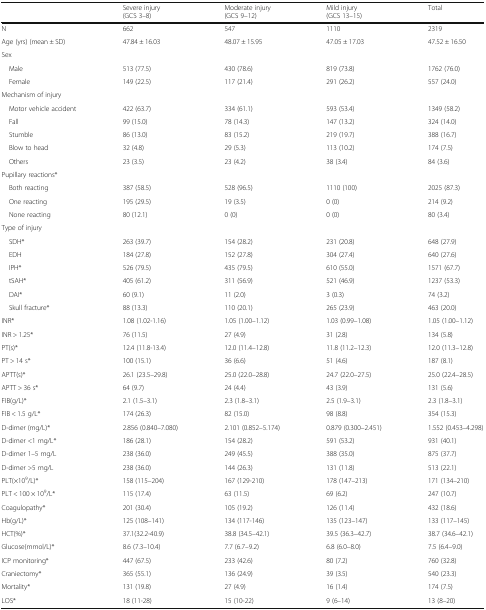
<table><thead><tr><td></td><td><b>Severe injury (GCS 3–8)</b></td><td><b>Moderate injury (GCS 9–12)</b></td><td><b>Mild injury (GCS 13–15)</b></td><td><b>Total</b></td></tr></thead><tbody><tr><td>N</td><td>662</td><td>547</td><td>1110</td><td>2319</td></tr><tr><td>Age (yrs) (mean ± SD)</td><td>47.84 ± 16.03</td><td>48.07 ± 15.95</td><td>47.05 ± 17.03</td><td>47.52 ± 16.50</td></tr><tr><td colspan="5">Sex</td></tr><tr><td> Male</td><td>513 (77.5)</td><td>430 (78.6)</td><td>819 (73.8)</td><td>1762 (76.0)</td></tr><tr><td> Female</td><td>149 (22.5)</td><td>117 (21.4)</td><td>291 (26.2)</td><td>557 (24.0)</td></tr><tr><td colspan="5">Mechanism of injury</td></tr><tr><td> Motor vehicle accident</td><td>422 (63.7)</td><td>334 (61.1)</td><td>593 (53.4)</td><td>1349 (58.2)</td></tr><tr><td> Fall</td><td>99 (15.0)</td><td>78 (14.3)</td><td>147 (13.2)</td><td>324 (14.0)</td></tr><tr><td> Stumble</td><td>86 (13.0)</td><td>83 (15.2)</td><td>219 (19.7)</td><td>388 (16.7)</td></tr><tr><td> Blow to head</td><td>32 (4.8)</td><td>29 (5.3)</td><td>113 (10.2)</td><td>174 (7.5)</td></tr><tr><td> Others</td><td>23 (3.5)</td><td>23 (4.2)</td><td>38 (3.4)</td><td>84 (3.6)</td></tr><tr><td colspan="5">Pupillary reactions*</td></tr><tr><td> Both reacting</td><td>387 (58.5)</td><td>528 (96.5)</td><td>1110 (100)</td><td>2025 (87.3)</td></tr><tr><td> One reacting</td><td>195 (29.5)</td><td>19 (3.5)</td><td>0 (0)</td><td>214 (9.2)</td></tr><tr><td> None reacting</td><td>80 (12.1)</td><td>0 (0)</td><td>0 (0)</td><td>80 (3.4)</td></tr><tr><td colspan="5">Type of injury</td></tr><tr><td> SDH*</td><td>263 (39.7)</td><td>154 (28.2)</td><td>231 (20.8)</td><td>648 (27.9)</td></tr><tr><td> EDH</td><td>184 (27.8)</td><td>152 (27.8)</td><td>304 (27.4)</td><td>640 (27.6)</td></tr><tr><td> IPH*</td><td>526 (79.5)</td><td>435 (79.5)</td><td>610 (55.0)</td><td>1571 (67.7)</td></tr><tr><td> tSAH*</td><td>405 (61.2)</td><td>311 (56.9)</td><td>521 (46.9)</td><td>1237 (53.3)</td></tr><tr><td> DAI*</td><td>60 (9.1)</td><td>11 (2.0)</td><td>3 (0.3)</td><td>74 (3.2)</td></tr><tr><td> Skull fracture*</td><td>88 (13.3)</td><td>110 (20.1)</td><td>265 (23.9)</td><td>463 (20.0)</td></tr><tr><td>INR*</td><td>1.08 (1.02-1.16)</td><td>1.05 (1.00–1.12)</td><td>1.03 (0.99–1.08)</td><td>1.05 (1.00–1.12)</td></tr><tr><td>INR &gt; 1.25*</td><td>76 (11.5)</td><td>27 (4.9)</td><td>31 (2.8)</td><td>134 (5.8)</td></tr><tr><td>PT(s)*</td><td>12.4 (11.8-13.4)</td><td>12.0 (11.4–12.8)</td><td>11.8 (11.2–12.3)</td><td>12.0 (11.3–12.8)</td></tr><tr><td>PT &gt; 14 s*</td><td>100 (15.1)</td><td>36 (6.6)</td><td>51 (4.6)</td><td>187 (8.1)</td></tr><tr><td>APTT(s)*</td><td>26.1 (23.5–29.8)</td><td>25.0 (22.0–28.8)</td><td>24.7 (22.0–27.5)</td><td>25.0 (22.4–28.5)</td></tr><tr><td>APTT &gt; 36 s*</td><td>64 (9.7)</td><td>24 (4.4)</td><td>43 (3.9)</td><td>131 (5.6)</td></tr><tr><td>FIB(g/L)*</td><td>2.1 (1.5–3.1)</td><td>2.3 (1.8–3.1)</td><td>2.5 (1.9–3.1)</td><td>2.3 (1.8–3.1)</td></tr><tr><td>FIB &lt; 1.5 g/L*</td><td>174 (26.3)</td><td>82 (15.0)</td><td>98 (8.8)</td><td>354 (15.3)</td></tr><tr><td>D-dimer (mg/L)*</td><td>2.856 (0.840–7.080)</td><td>2.101 (0.852–5.174)</td><td>0.879 (0.300–2.451)</td><td>1.552 (0.453–4.298)</td></tr><tr><td>D-dimer &lt;1 mg/L*</td><td>186 (28.1)</td><td>154 (28.2)</td><td>591 (53.2)</td><td>931 (40.1)</td></tr><tr><td>D-dimer 1–5 mg/L</td><td>238 (36.0)</td><td>249 (45.5)</td><td>388 (35.0)</td><td>875 (37.7)</td></tr><tr><td>D-dimer &gt;5 mg/L</td><td>238 (36.0)</td><td>144 (26.3)</td><td>131 (11.8)</td><td>513 (22.1)</td></tr><tr><td>PLT(×10<sup>9</sup>/L)*</td><td>158 (115–204)</td><td>167 (129-210)</td><td>178 (147–213)</td><td>171 (134–210)</td></tr><tr><td>PLT &lt; 100 × 10<sup>9</sup>/L*</td><td>115 (17.4)</td><td>63 (11.5)</td><td>69 (6.2)</td><td>247 (10.7)</td></tr><tr><td>Coagulopathy*</td><td>201 (30.4)</td><td>105 (19.2)</td><td>126 (11.4)</td><td>432 (18.6)</td></tr><tr><td>Hb(g/L)*</td><td>125 (108–141)</td><td>134 (117-146)</td><td>135 (123–147)</td><td>133 (117–145)</td></tr><tr><td>HCT(%)*</td><td>37.1(32.2-40.9)</td><td>38.8 (34.5–42.1)</td><td>39.5 (36.3–42.7)</td><td>38.7 (34.6–42.1)</td></tr><tr><td>Glucose(mmol/L)*</td><td>8.6 (7.3–10.4)</td><td>7.7 (6.7–9.2)</td><td>6.8 (6.0–8.0)</td><td>7.5 (6.4–9.0)</td></tr><tr><td>ICP monitoring*</td><td>447 (67.5)</td><td>233 (42.6)</td><td>80 (7.2)</td><td>760 (32.8)</td></tr><tr><td>Craniectomy*</td><td>365 (55.1)</td><td>136 (24.9)</td><td>39 (3.5)</td><td>540 (23.3)</td></tr><tr><td>Mortality*</td><td>131 (19.8)</td><td>27 (4.9)</td><td>16 (1.4)</td><td>174 (7.5)</td></tr><tr><td>LOS*</td><td>18 (11-28)</td><td>15 (10-22)</td><td>9 (6–14)</td><td>13 (8–20)</td></tr></tbody></table>